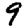
Digit: 9